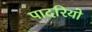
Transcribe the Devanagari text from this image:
पादरियो